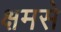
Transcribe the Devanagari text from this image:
क्षमसे